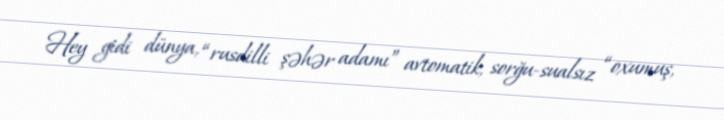
Hey gidi dünya, “rusdilli şəhər adamı” avtomatik, sorğu-sualsız “oxumuş,